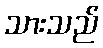
သားသည်